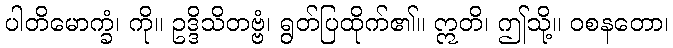
ပါတိမောက္ခံ၊ ကို။ ဥဒ္ဒိသိတဗ္ဗံ၊ ရွတ်ပြထိုက်၏။ ဣတိ၊ ဤသို့။ ဝစနတော၊